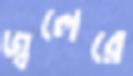
জ্বলেরে